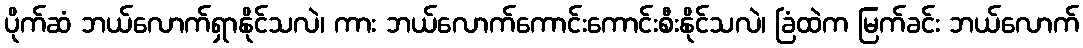
ပိုက်ဆံ ဘယ်လောက်ရှာနိုင်သလဲ၊ ကား ဘယ်လောက်ကောင်းကောင်းစီးနိုင်သလဲ၊ ခြံထဲက မြက်ခင်း ဘယ်လောက်